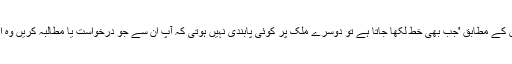
لیگل ٹیم کے رکن کے مطابق 'جب بھی خط لکھا جاتا ہے تو دوسرے ملک پر کوئی پابندی نہیں ہوتی کہ آپ ان سے جو درخواست یا مطالبہ کریں وہ اس کو پورا کریں۔